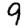
Digit: 9